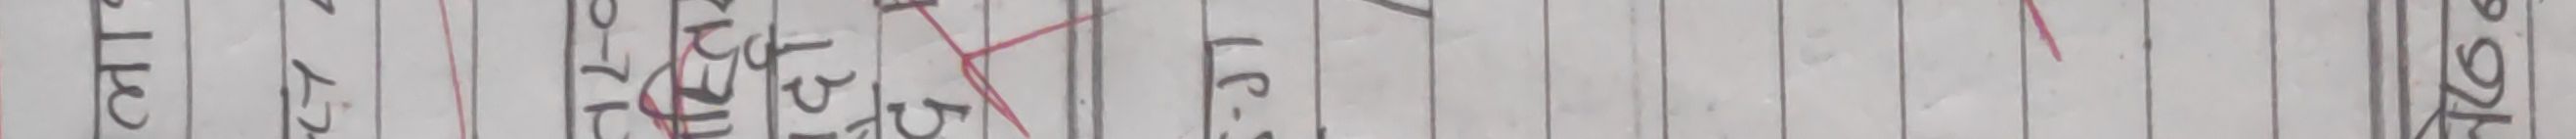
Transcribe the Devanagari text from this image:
एल सी एल-३१